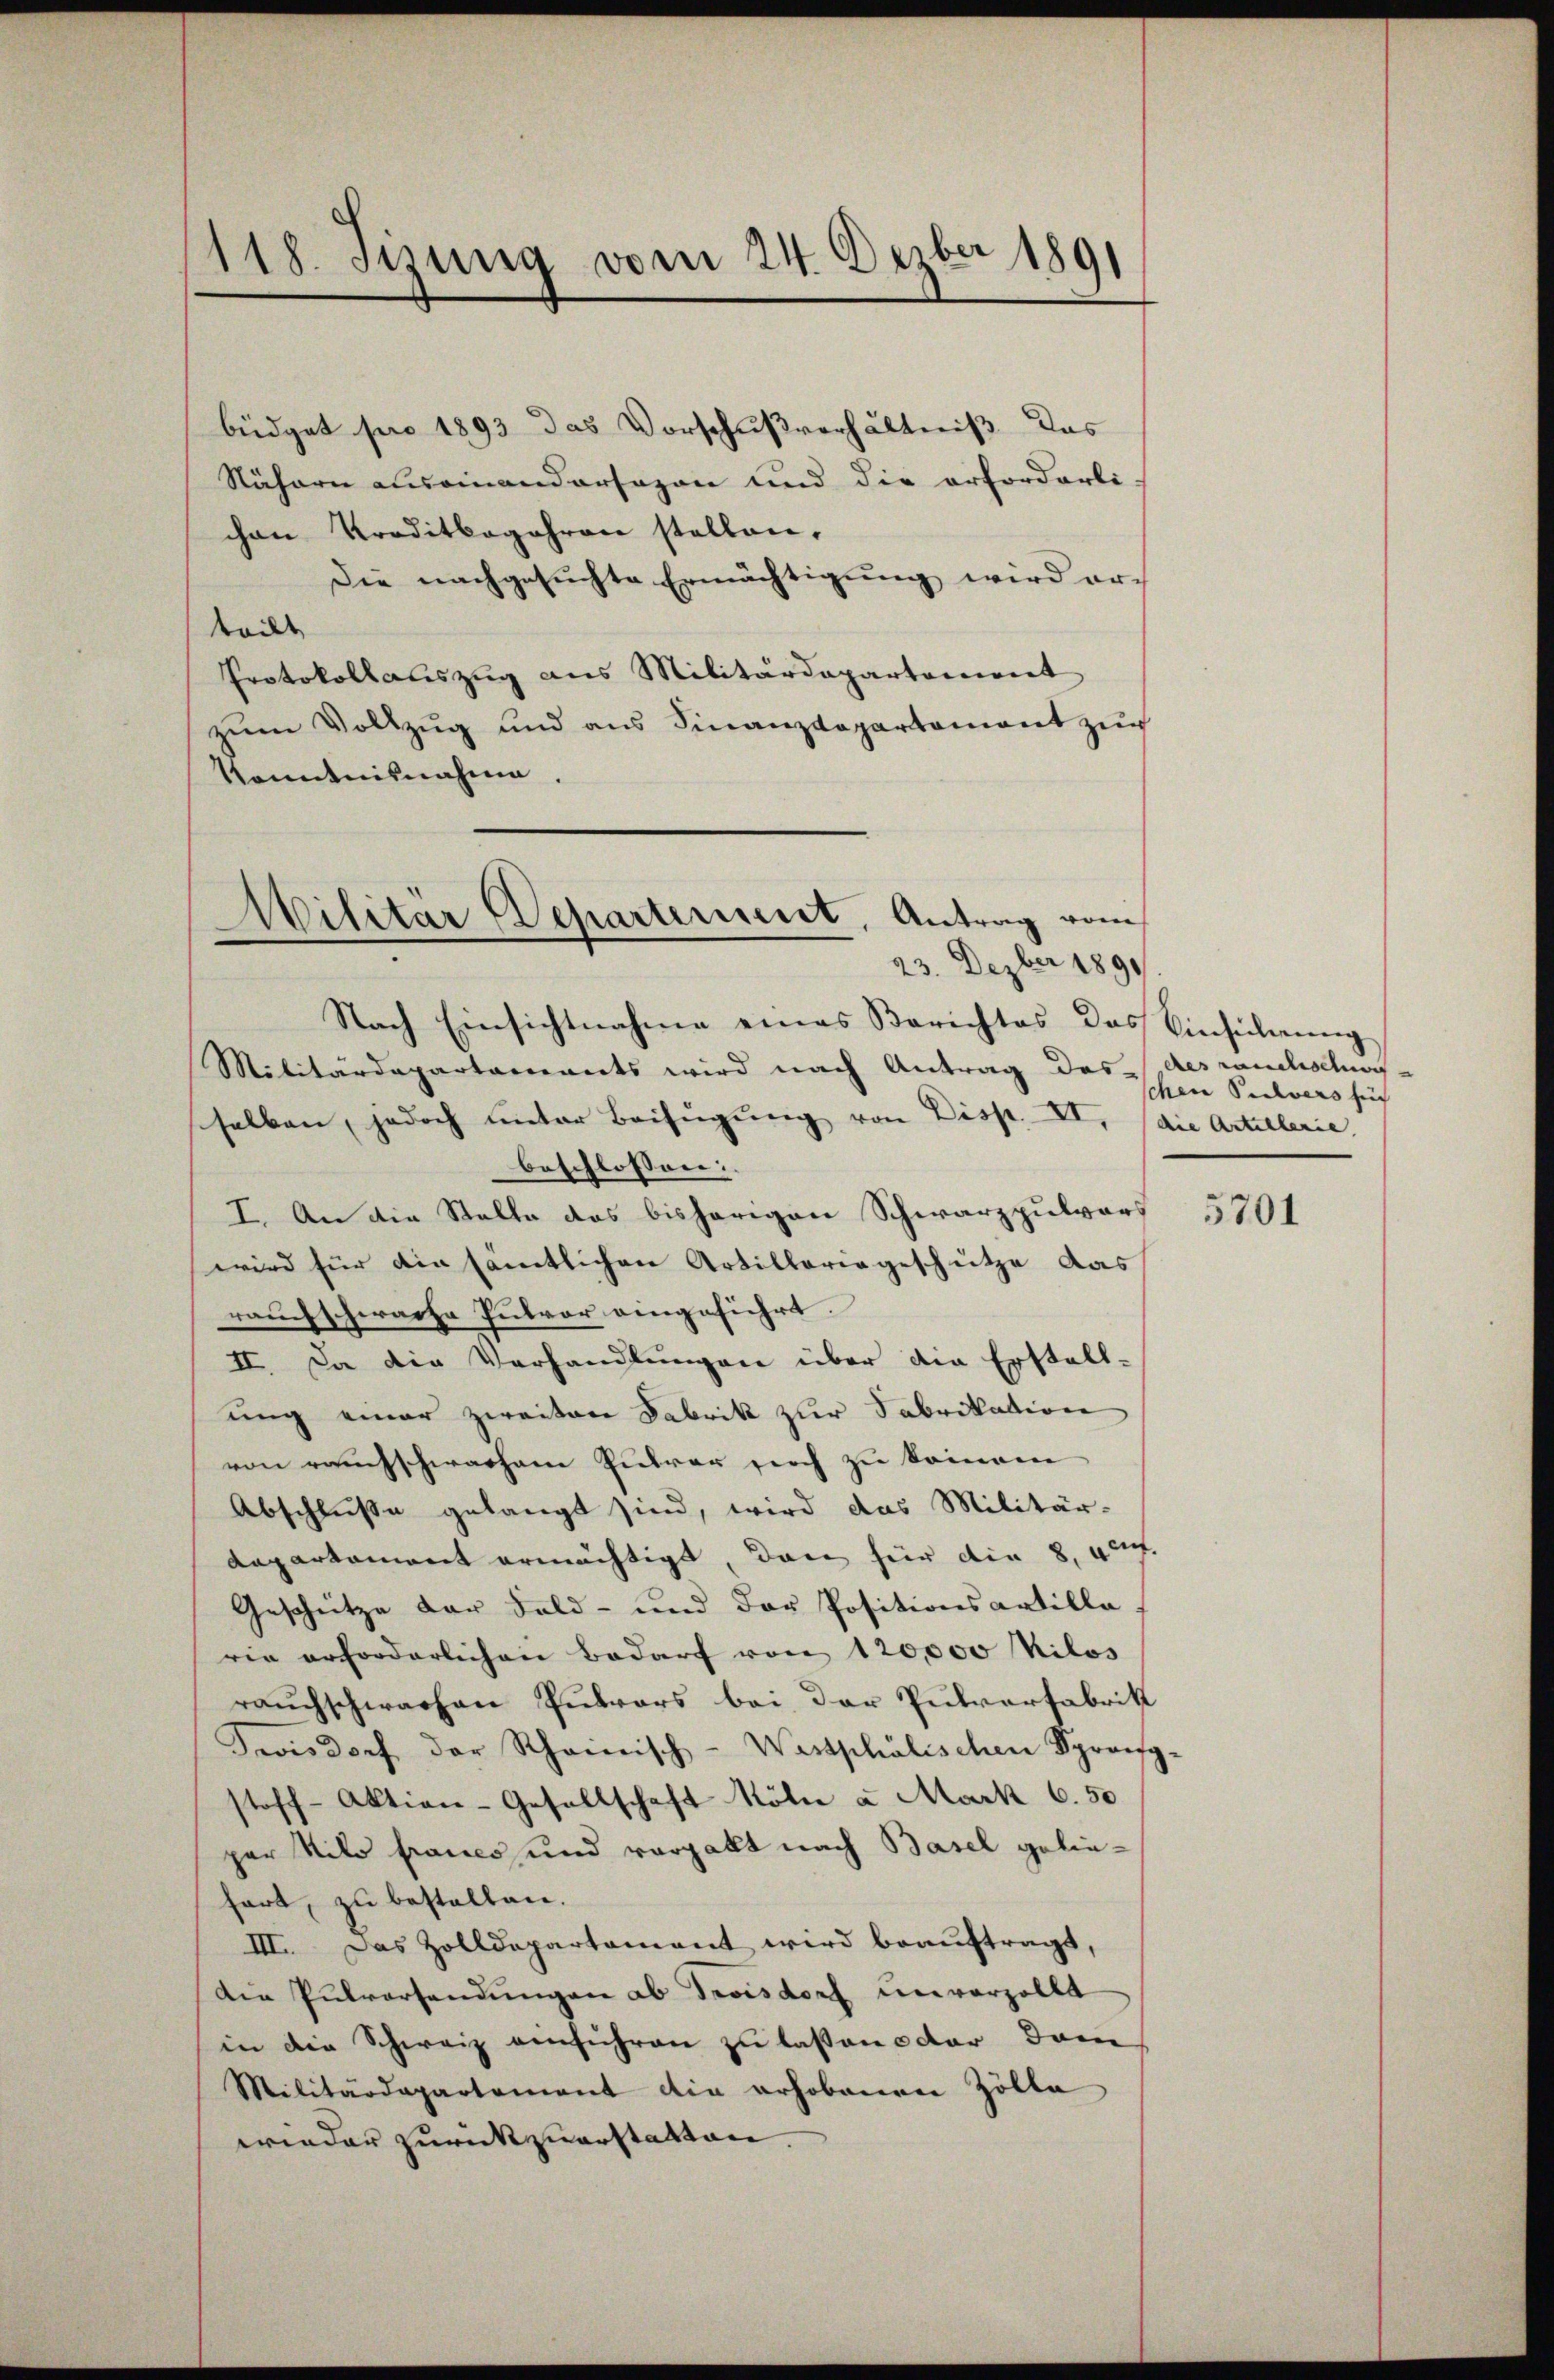
118. Sizung vom 24. Dezbr 1891

büdget pro 1893 das Vorschußverhältniß das
Nähern auseinandersagen und die erforderli
chen Preditbegehren stellen.
Die nachgesŭchte Ermächtigŭng wird er-
Woile
Protokollauszug aus Militärdepartoniert
zŭm Vollzug und aus Finanzdepartament zur
Kenntnisnahme.
Nach Einsichtnahme eines Berichtes das Einsicherŭng
Militärdepartaments wird nach Antrag des des roulischen,
sselben, jedoch unter Beifügung von Disp. II. (die Artillerie,
beschlossen:
I. An die Stelle das bisherigen Schwarzpulvers
wird für die sämtlichen Artillariageschütze das
rauchschwache Putvor eingeführt.
II. Da die Verhandlungen über die Erstellung einer zweiten Fabrik zur Fabrikation
von rauchschwachem Pulver durch zu kommene
Abschluße gelangt sind, wird das Militär-
Repartement ermächtigt, dann für die 8, vent.
Geschütze der Feld- und das Positionsartille
rie erforderlichen Bedarf von 120,000 Kilos
rauchschwachen Pulvers bei der Pulverfabrik
Sevisdorf der Scheinisch-Westphälischen Sprang
stoff-Aktion-Gesellschaft Kölie a Mark 6.50
par Milo franco und vergabt nach Basel geliehart, zu bestallen.
III. Das Zolldepartement wird beauftragt,
Die Pulversandŭngen ab Troisdorf unverzollt
in die Schweiz einführen zu lassen oder dann
Militärdepartement die erhobenen Zölle
wieder zurückzuerstatten. |

Militär Departement, Antrag vom
23. Dezber 1891

schen Pulvers für

5701